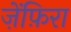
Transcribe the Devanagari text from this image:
ज़ेंफ़िरा